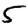
Digit: 5